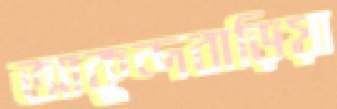
আকুন্দবাড়িয়া